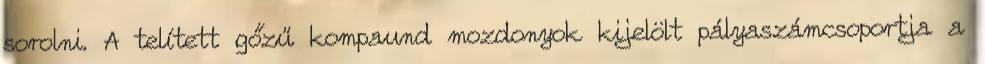
sorolni. A telített gőzű kompaund mozdonyok kijelölt pályaszámcsoportja a